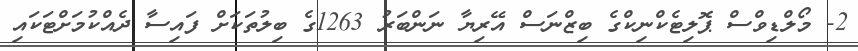
2- މޯލްޑިވްސް ޕޮލިޓެކްނިކްގެ ބިޒްނަސް އޭރިޔާ ނަންބަރު 1263ގެ ބިލުތަކަށް ފައިސާ ދެއްކުމަށްޓަކައި